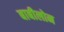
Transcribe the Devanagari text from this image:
बाबीलोन